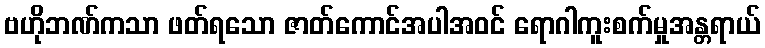
ဗဟိုဘဏ်ကသာ ဖတ်ရသော ဇာတ်ကောင်အပါအဝင် ရောဂါကူးစက်မှုအန္တရာယ်